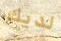
لديك